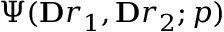
\Psi ( \mathbf Ḋ r Ḍ _ { 1 } , \mathbf Ḋ r Ḍ _ { 2 } ; \mathfrak Ḋ p Ḍ )